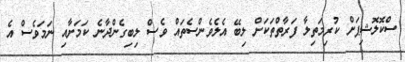
ސްކޮލޮޝިޕަށް ކުރިމަތިލާ ފަރާތްތަކަށް ލިބޭ އެލެވެންސެތައް ވެސް ލިބިގެންދާނެ ކަމަށާއި ނަމަވެސް އެ